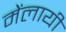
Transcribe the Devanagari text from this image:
मेंलायी